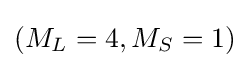
(M_{L}=4,M_{S}=1)